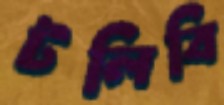
টলিবি